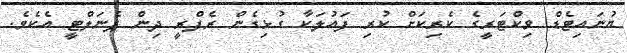
ޔުނައިޓެޑް ވިކްޓަރީގެ ކެރިކަށް ކުރި ފައުލަކާ ގުޅިގެން ރެފްރީ ދިން ޕެނަލްޓީ އެކެވެ.